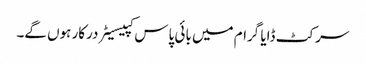
سرکٹ ڈایا گرام میں بائی پاس کپیسیٹر درکار ہوں گے۔